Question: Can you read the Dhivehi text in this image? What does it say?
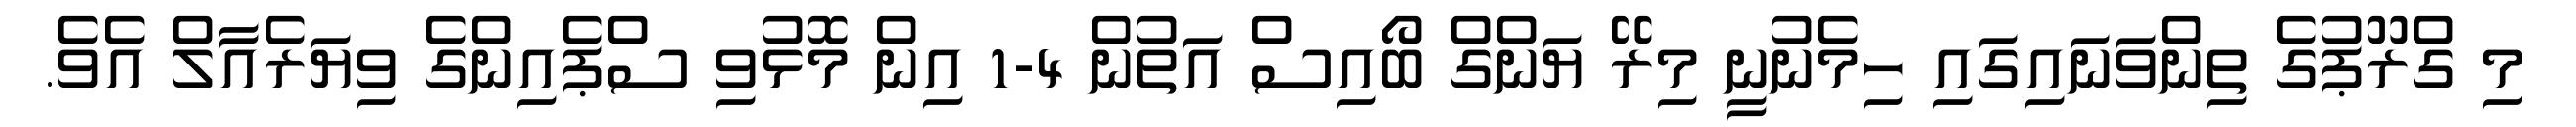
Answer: މި ގްރޫޕުގެ ތިންވަނައިގައި ހިމެނުނީ މިރޭ ޔަންގް ބޯއިސް އަތުން 4-1 އިން މޮޅުވި ސްޕެއިންގެ ވިޔަރެއާލް އެވެ.